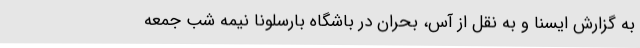
به گزارش ایسنا و به نقل از آس، بحران در باشگاه بارسلونا نیمه شب جمعه